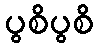
ပွစိပွစိ